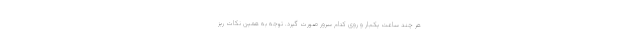
هر چند ساعت یک‌بار و روی کدام سرور صورت گیرد. توجه به همین نکات ریز